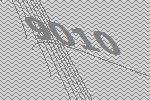
9010